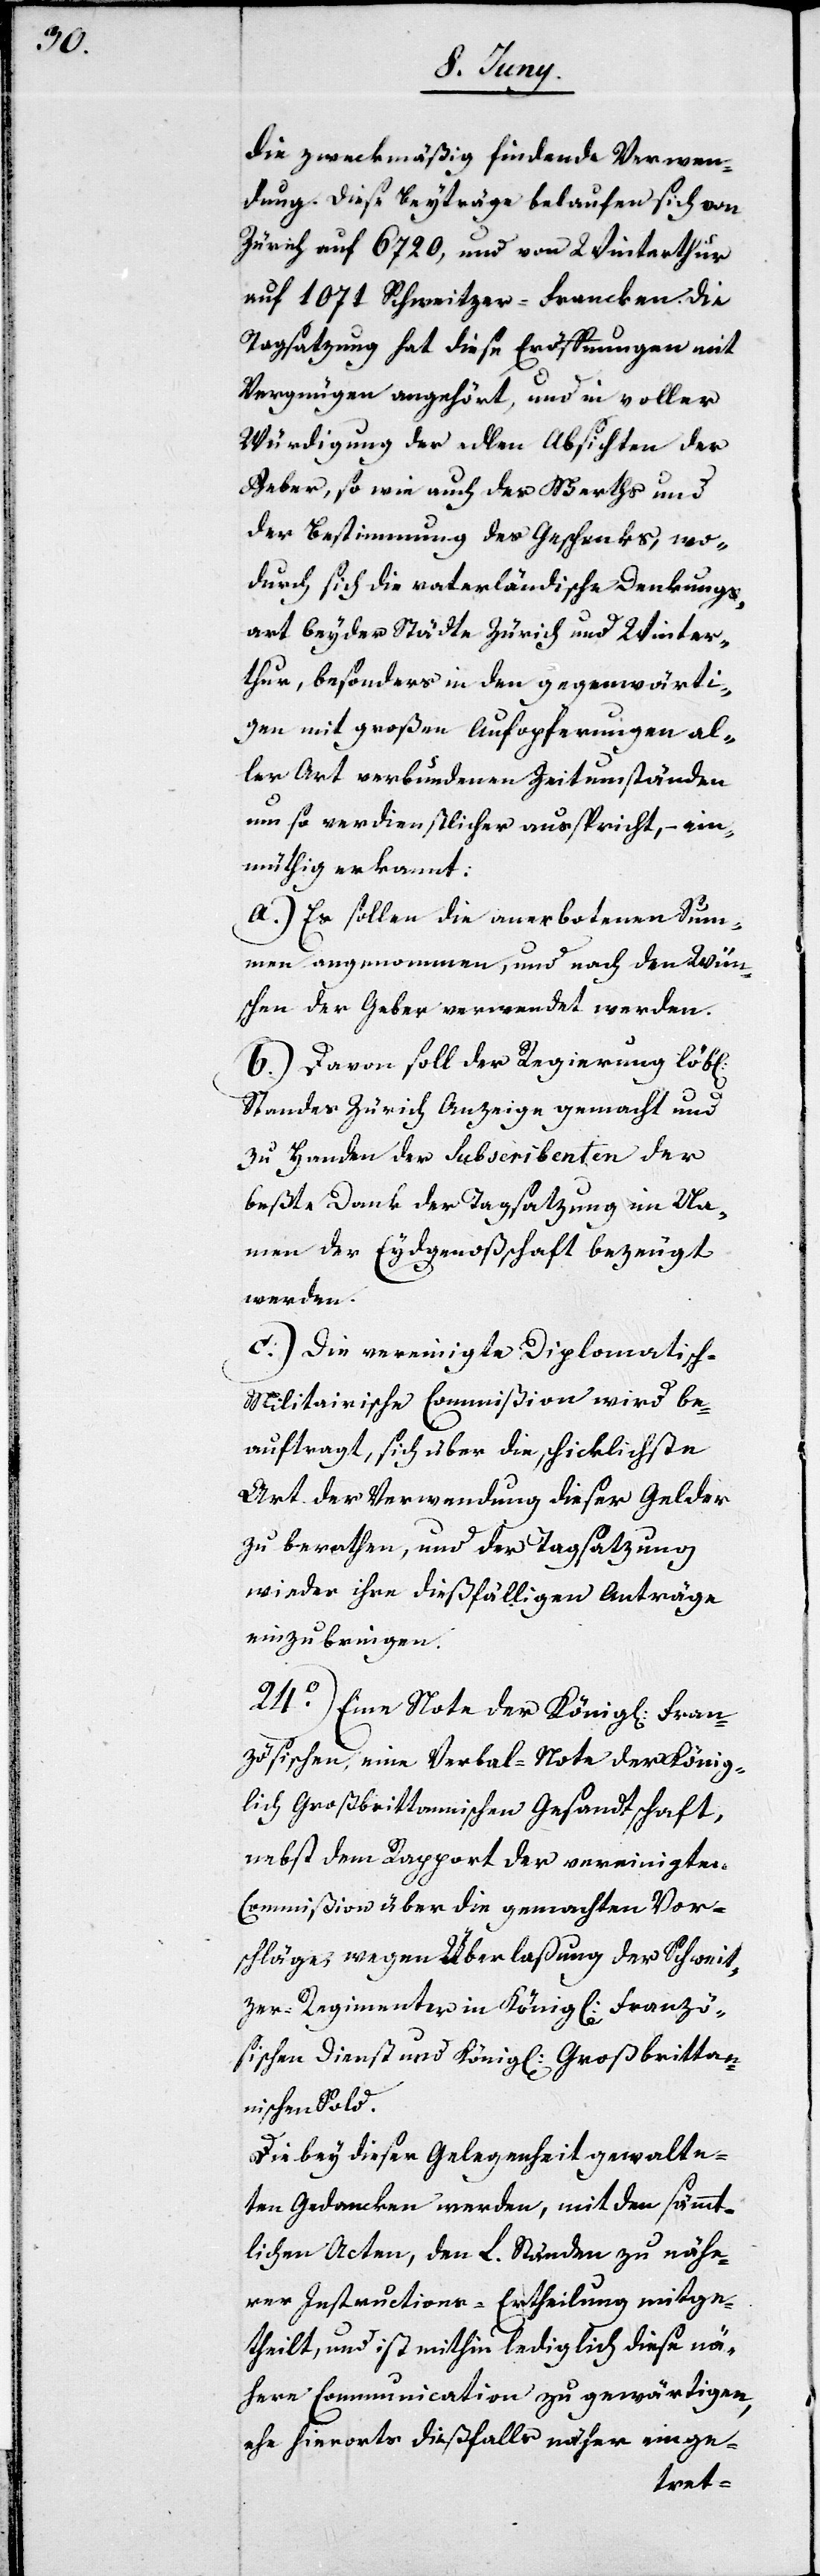
die zweckmäßig findende Verwen¬
dung. Diese Beyträge belaufen sich von
Zürich auf 6720, und von Winterthur
auf 1071 Schweitzer-Francken. Die
Tagsatzung hat diese Eröffnungen mit
Vergnügen angehört, und in voller
Würdigung der edlen Absichten der
Geber, so wie auch des Werths und
der Bestimmung des Geschenks, wo¬
durch sich die vaterländische Denkungs¬
art beyder Städte Zürich und Winter¬
thur, besonders in den gegenwärti¬
gen mit großen Aufopferungen al¬
ler Art verbundenen Zeitumständen
um so verdienstlicher ausspricht, – ein¬
müthig erkannt:
a.) Es sollen die anerbotenen Sum¬
men angenommen, und nach den Wün¬
schen der Geber verwendet werden.
b.) Davon soll der Regierung löb[li¬
Standes Zürich Anzeige gemacht und
zu Handen der Subscribenten der
beßte Dank der Tagsatzung im Na¬
men der Eydgenoßschaft bezeugt
werden.
c.) Die vereinigte Diplomatisch-M¬
ilitairische Commißion wird be¬
auftragt, sich über die schicklichste
Art der Verwendung dieser Gelder
zu berathen, und der Tagsatzung
wieder ihre dießfälligen Anträge
einzubringen.
24o) Eine Note der König[lich] Fran¬
zösischen, eine Verbal-Note der König¬
lich Großbritannischen Gesandtschaft,
nebst dem Rapport der vereinigten
Commißion über die gemachten Vor¬
schläge wegen Überlaßung der Schweit¬
zer-Regimenter in König[lich] Franzö¬
sischen Dienst und König[lich] Großbrittan¬
nischen Sold.
chen]
Die bey dieser Gelegenheit gewalte¬
ten Gedancken werden, mit den sämmt¬
lichen Acten, den L. Ständen zu nähe¬
rer Instructions-Ertheilung mitge¬
theilt, und ist mithin lediglich diese nä¬
here Communication zu gewärtigen,
ehe hierorts dießfalls näher einge-